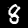
Digit: 8